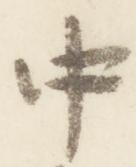
中